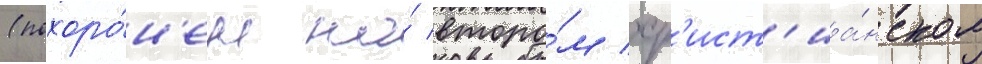
(похоро́н'ен на́ второ́м хр'ист'иа́нском